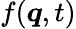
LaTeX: f(\boldsymbol{q},t)